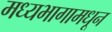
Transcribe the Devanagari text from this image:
मध्यभागामधून